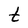
Character: t